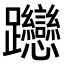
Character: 𨈌